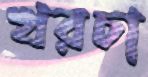
খরচা